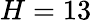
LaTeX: H=13